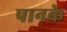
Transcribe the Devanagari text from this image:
पानके